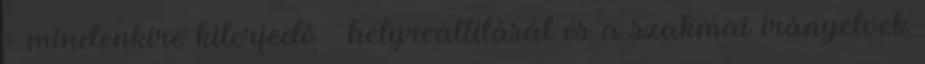
- mindenkire kiterjedő – helyreállítását és a szakmai irányelvek